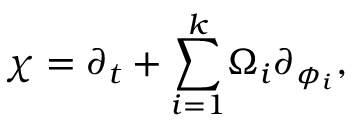
\chi = \partial _ { t } + { { { \sum _ { i = 1 } ^ { k } } } } \Omega _ { i } \partial _ { \phi _ { i } } ,